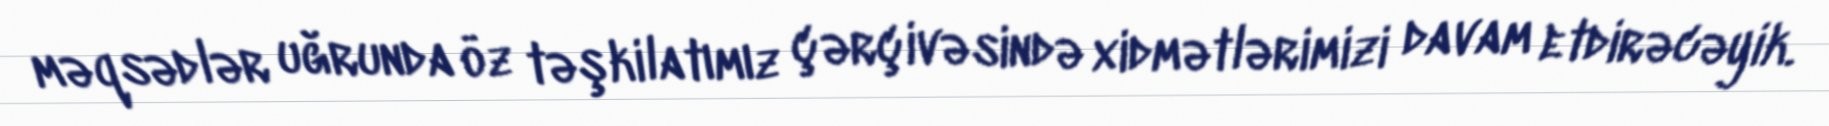
məqsədlər uğrunda öz təşkilatımız çərçivəsində xidmətlərimizi davam etdirəcəyik.